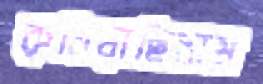
রুখিয়াছিলাম